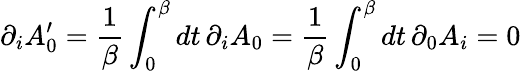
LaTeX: \partial_{i}A_{0}^{\prime}={\frac{1}{\beta}}\int_{0}^{\beta}dt\, \partial_{i}A_{0}={\frac{1}{\beta}}\int_{0}^{\beta}dt\, \partial_{0}A_{i}=0